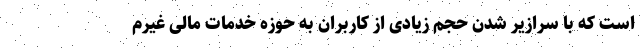
است که با سرازیر شدن حجم زیادی از کاربران به حوزه خدمات مالی غیرم